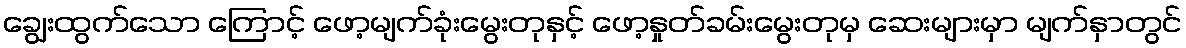
ချွေးထွက်သော ကြောင့် ဖော့မျက်ခုံးမွေးတုနှင့် ဖော့နှုတ်ခမ်းမွေးတုမှ ဆေးများမှာ မျက်နှာတွင်